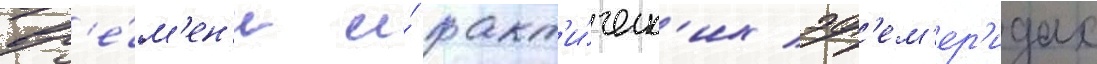
вр'е́м'ен'и и́ факт'и́ческ'их эф'ем'ер'идах